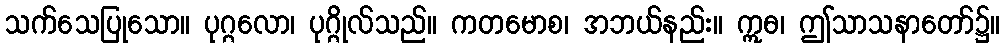
သက်သေပြုသော။ ပုဂ္ဂလော၊ ပုဂ္ဂိုလ်သည်။ ကတမောစ၊ အဘယ်နည်း။ ဣဓ၊ ဤသာသနာတော်၌။